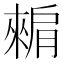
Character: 𬛕